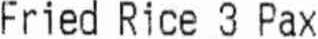
FRIED RICE 3 PAX